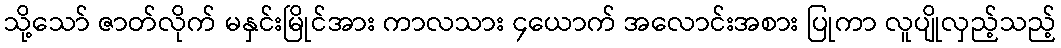
သို့သော် ဇာတ်လိုက် မနှင်းမြိုင်အား ကာလသား ၄ယောက် အလောင်းအစား ပြုကာ လူပျိုလှည့်သည့်